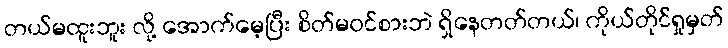
တယ်မထူးဘူး လို့ အောက်မေ့ပြီး စိတ်မဝင်စားဘဲ ရှိနေတတ်တယ်၊ ကိုယ်တိုင်ရှုမှတ်